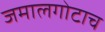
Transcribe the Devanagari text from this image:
जमालगोटाच